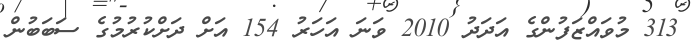
313 މުވައްޒަފުންގެ އަދަދު 2010 ވަނަ އަހަރު 154 އަށް ދަށްކުރުމުގެ ސަބަބުން